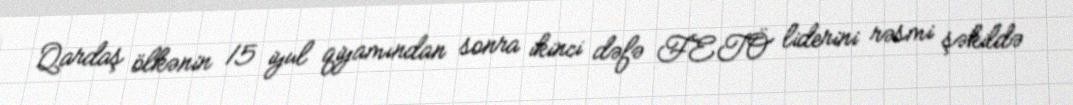
Qardaş ölkənin 15 iyul qiyamından sonra ikinci dəfə FETÖ liderini rəsmi şəkildə